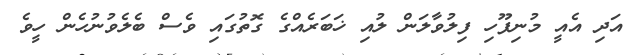
އަދި އެއީ މުނިފޫހި ފިލުވާލަން ލުއި ޚަބަރެއްގެ ގޮތުގައި ވެސް ބެލެވުނުހެން ހީވެ